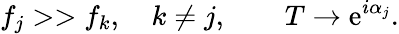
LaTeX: f_{j}>>f_{k},\quad k\not=j,\qquad T\rightarrow\mathrm{e}^{i\alpha_{j}}.